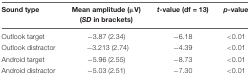
<table><thead><tr><td><b>Sound type</b></td><td><b>Mean amplitude (μV) (<i>SD</i> in brackets)</b></td><td><b><i>t</i>-value (df = 13)</b></td><td><b><i>p</i>-value</b></td></tr></thead><tbody><tr><td>Outlook target</td><td>-3.87 (2.34)</td><td>-6.18</td><td>&lt;0.01</td></tr><tr><td>Outlook distractor</td><td>-3.213 (2.74)</td><td>-4.39</td><td>&lt;0.01</td></tr><tr><td>Android target</td><td>-5.96 (2.55)</td><td>-8.73</td><td>&lt;0.01</td></tr><tr><td>Android distractor</td><td>-5.03 (2.51)</td><td>-7.30</td><td>&lt;0.01</td></tr></tbody></table>